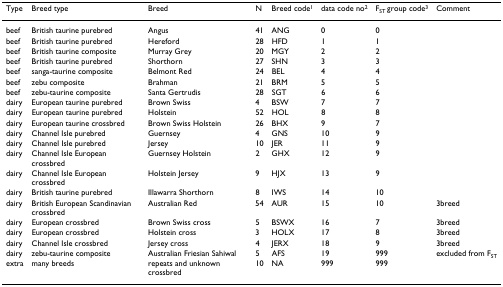
| Type | Breed type | Breed | N | Breed code1 | data code no2 | FST group code3 | Comment |
 | --- | --- | --- | --- | --- | --- | --- | --- |
 | beef | British taurine purebred | Angus | 41 | ANG | 0 | 0 |  |
 | beef | British taurine purebred | Hereford | 28 | HFD | 1 | 1 |  |
 | beef | British taurine composite | Murray Grey | 20 | MGY | 2 | 2 |  |
 | beef | British taurine purebred | Shorthorn | 27 | SHN | 3 | 3 |  |
 | beef | sanga-taurine composite | Belmont Red | 24 | BEL | 4 | 4 |  |
 | beef | zebu composite | Brahman | 21 | BRM | 5 | 5 |  |
 | beef | zebu-taurine composite | Santa Gertrudis | 28 | SGT | 6 | 6 |  |
 | dairy | European taurine purebred | Brown Swiss | 4 | BSW | 7 | 7 |  |
 | dairy | European taurine purebred | Holstein | 52 | HOL | 8 | 8 |  |
 | dairy | European taurine crossbred | Brown Swiss Holstein | 26 | BHX | 9 | 7 |  |
 | dairy | Channel Isle purebred | Guernsey | 4 | GNS | 10 | 9 |  |
 | dairy | Channel Isle purebred | Jersey | 10 | JER | 11 | 9 |  |
 | dairy | Channel Isle European crossbred | Guernsey Holstein | 2 | GHX | 12 | 9 |  |
 | dairy | Channel Isle European crossbred | Holstein Jersey | 9 | HJX | 13 | 9 |  |
 | dairy | British taurine purebred | Illawarra Shorthorn | 8 | IWS | 14 | 10 |  |
 | dairy | British European Scandinavian crossbred | Australian Red | 54 | AUR | 15 | 10 | 3breed |
 | dairy | European crossbred | Brown Swiss cross | 5 | BSWX | 16 | 7 | 3breed |
 | dairy | European crossbred | Holstein cross | 3 | HOLX | 17 | 8 | 3breed |
 | dairy | Channel Isle crossbred | Jersey cross | 4 | JERX | 18 | 9 | 3breed |
 | dairy | zebu-taurine composite | Australian Friesian Sahiwal | 5 | AFS | 19 | 999 | excluded from FST |
 | extra | many breeds | repeats and unknown crossbred | 10 | NA | 999 | 999 |  |